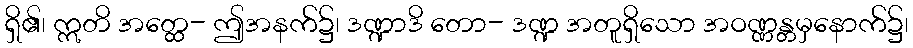
ရှိ၏၊ ဣတိ အတ္ထေ- ဤအနက်၌၊ ဒဏ္ဍာဒိ တော- ဒဏ္ဍ အတူရှိသော အဝဏ္ဏန္တမှနောက်၌၊